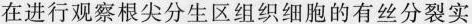
在进行观察根尖分生区组织细胞的有丝分裂实